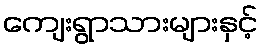
ကျေးရွာသားများနှင့်